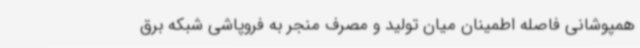
همپوشانی فاصله اطمینان میان تولید و مصرف منجر به فروپاشی شبکه برق